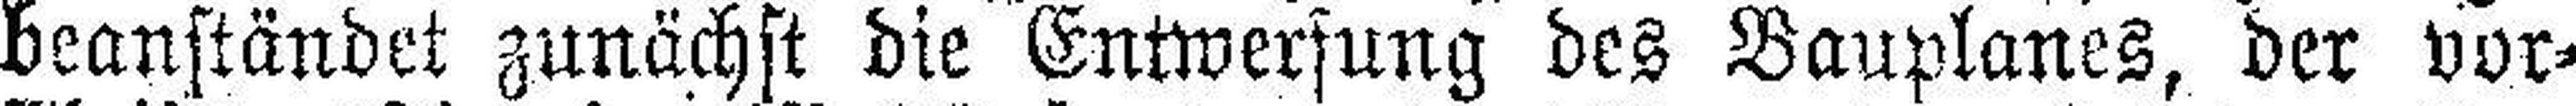
beanständet zunächst die Entwersung des Bauplanes, der vor¬